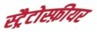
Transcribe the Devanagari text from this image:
स्ट्रैटोस्फ़ीयर